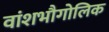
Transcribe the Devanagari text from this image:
वांशभौगोलिक